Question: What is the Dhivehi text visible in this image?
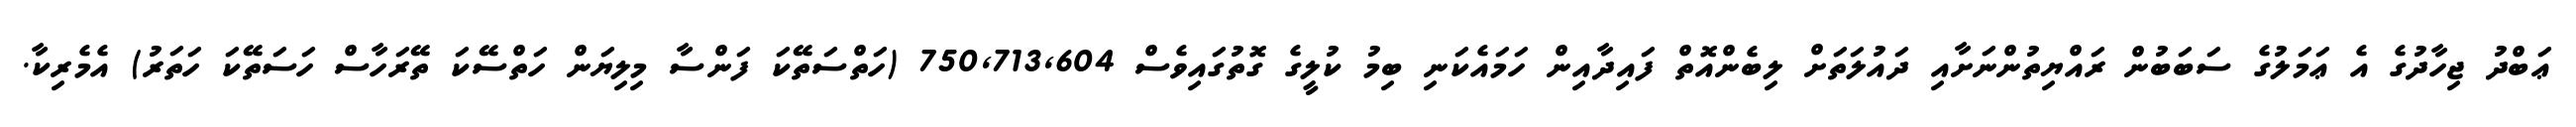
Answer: ޢަބްދު ޖިހާދުގެ އެ ޢަމަލުގެ ސަބަބުން ރައްޔިތުންނަށާއި ދައުލަތަށް ލިބެންއޮތް ފައިދާއިން ހަމައެކަނި ބިމު ކުލީގެ ގޮތުގައިވެސް 750,713,604 (ހަތްސަތޭކަ ފަންސާ މިލިޔަން ހަތްސޭކަ ތޭރަހާސް ހަސަތޭކަ ހަތަރު) އެމެރިކާ.